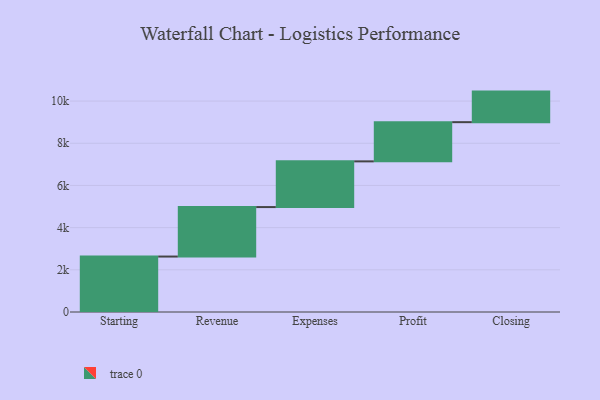
{"axis": {"x": "Step", "y": "Value"}, "legend": [""], "data": [{"x": "Starting", "y": 2629.0, "type": ""}, {"x": "Revenue", "y": 2346.0, "type": ""}, {"x": "Expenses", "y": 2167.0, "type": ""}, {"x": "Profit", "y": 1859.0, "type": ""}, {"x": "Closing", "y": 1449.0, "type": ""}]}